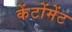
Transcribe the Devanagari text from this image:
केंटोंमेंट